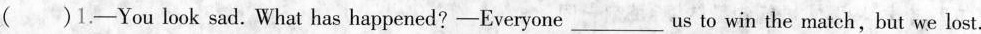
( )1.-You look sad. What has happened-Everyone___us to win the match, but we lost.